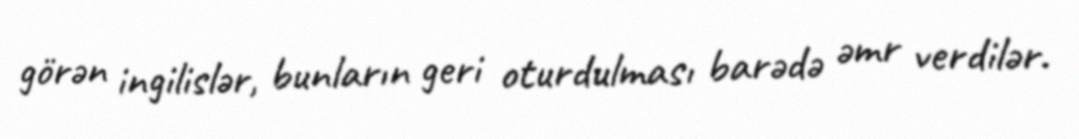
görən ingilislər, bunların geri oturdulması barədə əmr verdilər.